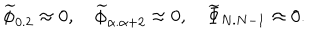
{ \widetilde \phi } _ { 0 . 2 } \approx 0 , \quad { \widetilde \phi } _ { \alpha . \alpha + 2 } \approx 0 , \quad { \widetilde \Phi } _ { N . N - 1 } \approx 0 .